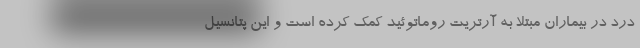
درد در بیماران مبتلا به آرتریت روماتوئید کمک کرده است و این پتانسیل